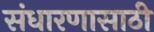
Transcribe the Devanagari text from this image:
संधारणासाठी